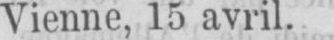
Vienne, 15 avril.